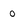
Character: O